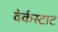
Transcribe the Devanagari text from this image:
वेर्कस्टाट